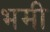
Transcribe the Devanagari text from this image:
भमी